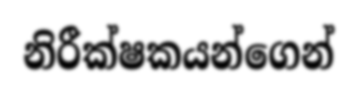
නිරීක්ෂකයන්ගෙන්